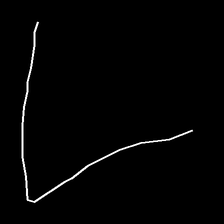
Glyph: region